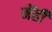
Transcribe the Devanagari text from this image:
मेंही